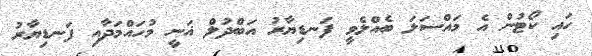
ހައި ކޯޓުން އެ މައްސަަލަ ބެއްލެވީ ފަނޑިޔާރު އަބްދުލް ޣަނީ މުހައްމަދާއި ފަނޑިޔާރު